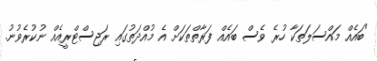
"ބައެއް މައްސަލަތަކާ ހުރެ ވެސް ބައެއް ފަރާތްތަކަށް އެ މުއްދަތުގައި ރަޖިސްޓްރީއެއް ނުކުރެވުނު.